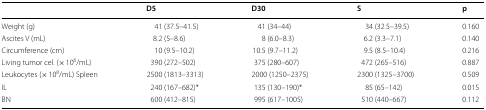
<table><thead><tr><td></td><td><b>D5</b></td><td><b>D30</b></td><td><b>S</b></td><td><b>p</b></td></tr></thead><tbody><tr><td>Weight (g)</td><td>41 (37.5–41.5)</td><td>41 (34–44)</td><td>34 (32.5–39.5)</td><td>0.160</td></tr><tr><td>Ascites V (mL)</td><td>8.2 (5–8.6)</td><td>8 (6.0–8.3)</td><td>6.2 (3.3–7.1)</td><td>0.140</td></tr><tr><td>Circumference (cm)</td><td>10 (9.5–10.2)</td><td>10.5 (9.7–11.2)</td><td>9.5 (8.5–10.4)</td><td>0.216</td></tr><tr><td>Living tumor cel. (× 10<sup>6</sup>/mL)</td><td>390 (272–502)</td><td>375 (280–607)</td><td>472 (265–516)</td><td>0.887</td></tr><tr><td>Leukocytes (× 10<sup>8</sup>/mL) Spleen</td><td>2500 (1813–3313)</td><td>2000 (1250–2375)</td><td>2300 (1325–3700)</td><td>0.509</td></tr><tr><td>IL</td><td>240 (167–682)*</td><td>135 (130–190)*</td><td>85 (65–142)</td><td>0.015</td></tr><tr><td>BN</td><td>600 (412–815)</td><td>995 (617–1005)</td><td>510 (440–667)</td><td>0.112</td></tr></tbody></table>